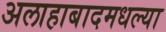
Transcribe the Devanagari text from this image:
अलाहाबादमधल्या